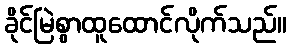
ခိုင်မြဲစွာထူထောင်လိုက်သည်။